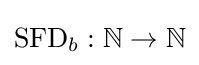
\operatorname {SFD} _{b}:\mathbb {N} \rightarrow \mathbb {N}